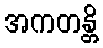
အကတန္တိ